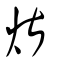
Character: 煁